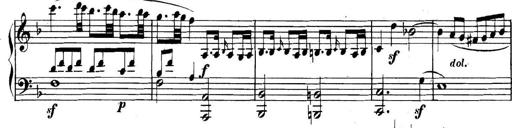
Title: Collected Piano Sonatas
Composer: Muzio Clementi